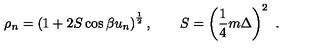
\rho _ { n } = \left( 1 + 2 S \cos \beta u _ { n } \right) ^ { \frac { 1 } { 2 } } , \qquad S = \left( { \frac { 1 } { 4 } } m \Delta \right) ^ { 2 } \ .